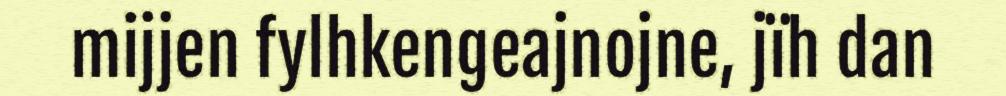
mijjen fylhkengeajnojne, jïh dan